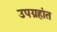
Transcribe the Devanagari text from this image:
उपग्रहांत